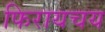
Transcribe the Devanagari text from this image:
फिरायचय